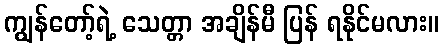
ကျွန်တော့်ရဲ့ သေတ္တာ အချိန်မီ ပြန် ရနိုင်မလား။